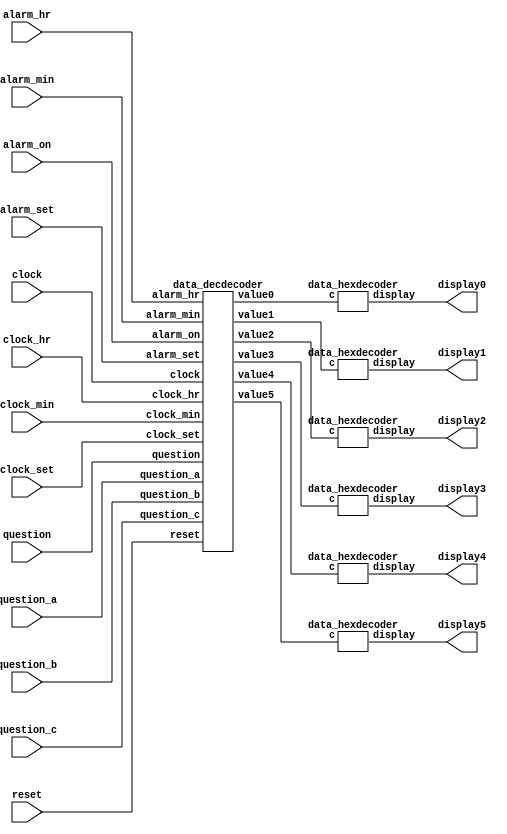
`timescale 1ns / 1ns

module hexdisplay(
	input clock,
	input reset,

	input wire alarm_on,
	input wire question,
	input wire alarm_set,
	input wire clock_set,

	input wire [3:0] clock_hr,
	input wire [5:0] clock_min,

	input wire [3:0] alarm_hr,
	input wire [5:0] alarm_min,

	input wire [6:0] question_a,
	input wire [6:0] question_b,
	input wire [6:0] question_c,

	output wire [6:0] display0,
	output wire [6:0] display1,
	output wire [6:0] display2,
	output wire [6:0] display3,
	output wire [6:0] display4,
	output wire [6:0] display5
	);

	wire [3:0] value0;
	wire [3:0] value1;
	wire [3:0] value2;
	wire [3:0] value3;
	wire [3:0] value4;
	wire [3:0] value5;

data_decdecoder values( 	//decodes the 4-6 bit input into two 4 bit outputs which are oranized into the 7 segment display
		.clock(clock),
		.reset(reset),

		.alarm_on(alarm_on),
		.question(question),
		.alarm_set(alarm_set),
		.clock_set(clock_set),

		.clock_hr(clock_hr),
		.clock_min(clock_min),

		.alarm_hr(alarm_hr),
		.alarm_min(alarm_min),

		.question_a(question_a),
		.question_b(question_b),
		.question_c(question_c),
		
		.value0(value0),
		.value1(value1),
		.value2(value2),
		.value3(value3),
		.value4(value4),
		.value5(value5)
		);
	
	data_hexdecoder zero(.c(value0), .display(display0)); 	//decodes the 4 bit input into a 7 bit output for the 7 segment display
	data_hexdecoder one(.c(value1), .display(display1));
	data_hexdecoder two(.c(value2), .display(display2));
	data_hexdecoder three(.c(value3), .display(display3));
	data_hexdecoder four(.c(value4), .display(display4));
	data_hexdecoder five(.c(value5), .display(display5));

endmodule

module data_decdecoder (
	input clock,
	input reset,
	
	
	input alarm_on,
	input question,
	input alarm_set,
	input clock_set,
	
	input wire [3:0] clock_hr,
	input wire [5:0] clock_min,
	
	input wire [3:0] alarm_hr,
	input wire [5:0] alarm_min,
	
	input wire [6:0] question_a,
	input wire [6:0] question_b,
	input wire [6:0] question_c,
	
	output reg [3:0] value0,
	output reg [3:0] value1, 
	output reg [3:0] value2,
	output reg [3:0] value3,
	output reg [3:0] value4,
	output reg [3:0] value5	
	);
	
	always@(posedge clock) begin
		value0 <= 4'd10;
		value1 <= 4'd10;
		value2 <= 4'd10;
		value3 <= 4'd10;
		value4 <= 4'd10;
		value5 <= 4'd10;

		if (reset) begin
			value0 <= 4'd10;
			value1 <= 4'd10;
			value2 <= 4'd10;
			value3 <= 4'd10;
			value4 <= 4'd10;
			value5 <= 4'd10;
		end
		
		if (alarm_on && question) begin
			//first value
			if (question_a > 6'd9) begin
				value5 <= question_a / 6'd10;	//sets the first digit by dividing by 10
				value4 <= question_a % 6'd10;	//sets the second digit by getting remainder
			end
			else begin
				value5 <= 4'd10;
				value4 <= question_a;
			end

			//second value
			if (question_b > 6'd9) begin
				value3 <= question_b / 6'd10;
				value2 <= question_b % 6'd10;
			end
			else begin
				value3 <= 4'd10;
				value2 <= question_b;
			end

			//third value ie solution
			if (question_c > 6'd9) begin
				value1 <= question_c / 6'd10;
				value0 <= question_c % 6'd10;
			end
			else begin
				value1 <= 4'd10;
				value0 <= question_c;
			end
		end

		else if (alarm_set) begin
			//hours
			if (alarm_hr > 4'd9) begin
				value3 <= 4'd1;
				value2 <= alarm_hr - 4'd10;
			end
			else begin
				value3 <= 4'd10;
				value2 <= alarm_hr;
			end
			
			//minutes
			if (alarm_min > 6'd9) begin
				value1 <= alarm_min / 6'd10;
				value0 <= alarm_min % 6'd10;
			end
			else begin
				value1 <= 4'd0;
				value0 <= alarm_min;
			end
		end
		
		else if (clock_set) begin
			//hours
			if (clock_hr > 4'd9) begin
				value3 <= 4'd1;
				value2 <= clock_hr - 4'd10;
			end
			else begin
				value3 <= 4'd10;
				value2 <= clock_hr;
			end
			
			//minutes
			if (clock_min > 6'd9) begin
				value1 <= clock_min / 6'd10;
				value0 <= clock_min % 6'd10;
			end
			else begin
				value1 <= 4'd0;
				value0 <= clock_min;
			end
		end
	end
endmodule

module data_hexdecoder(c, display);

	input [3:0] c;
	output [6:0]display;

	assign display[0] = 
		//potential values (between 0-9)
		!((c[3]|c[2]|c[1]|!c[0])
		&(c[3]|!c[2]|c[1]|c[0])
		
		//not potential values (between A-F, which i dont want displayed)
		&(!c[3]|c[2]|!c[1]|c[0])
		&(!c[3]|c[2]|!c[1]|!c[0])
		&(!c[3]|!c[2]|c[1]|c[0])
		&(!c[3]|!c[2]|c[1]|!c[0])
		&(!c[3]|!c[2]|!c[1]|c[0])
		&(!c[3]|!c[2]|!c[1]|!c[0]));
	assign display[1] = 
		!((c[3]|!c[2]|c[1]|!c[0])
		&(c[3]|!c[2]|!c[1]|c[0])

		&(!c[3]|c[2]|!c[1]|c[0])
		&(!c[3]|c[2]|!c[1]|!c[0])
		&(!c[3]|!c[2]|c[1]|c[0])
		&(!c[3]|!c[2]|c[1]|!c[0])
		&(!c[3]|!c[2]|!c[1]|c[0])
		&(!c[3]|!c[2]|!c[1]|!c[0]));
	assign display[2] = 
		!((c[3]|c[2]|!c[1]|c[0])

		&(!c[3]|c[2]|!c[1]|c[0])
		&(!c[3]|c[2]|!c[1]|!c[0])
		&(!c[3]|!c[2]|c[1]|c[0])
		&(!c[3]|!c[2]|c[1]|!c[0])
		&(!c[3]|!c[2]|!c[1]|c[0])
		&(!c[3]|!c[2]|!c[1]|!c[0]));
	assign display[3] = 
		!((c[3]|c[2]|c[1]|!c[0])
		&(c[3]|!c[2]|c[1]|c[0])
		&(c[3]|!c[2]|!c[1]|!c[0])

		&(!c[3]|c[2]|!c[1]|c[0])
		&(!c[3]|c[2]|!c[1]|!c[0])
		&(!c[3]|!c[2]|c[1]|c[0])
		&(!c[3]|!c[2]|c[1]|!c[0])
		&(!c[3]|!c[2]|!c[1]|c[0])
		&(!c[3]|!c[2]|!c[1]|!c[0]));
	assign display[4] = 
		!((c[3]|c[2]|c[1]|!c[0])
		&(c[3]|c[2]|!c[1]|!c[0])
		&(c[3]|!c[2]|c[1]|c[0])
		&(c[3]|!c[2]|c[1]|!c[0])
		&(c[3]|!c[2]|!c[1]|!c[0])
		&(!c[3]|c[2]|c[1]|!c[0])
		
		&(!c[3]|c[2]|!c[1]|c[0])
		&(!c[3]|c[2]|!c[1]|!c[0])
		&(!c[3]|!c[2]|c[1]|c[0])
		&(!c[3]|!c[2]|c[1]|!c[0])
		&(!c[3]|!c[2]|!c[1]|c[0])
		&(!c[3]|!c[2]|!c[1]|!c[0]));
	assign display[5] = 
		!((c[3]|c[2]|c[1]|!c[0])
		&(c[3]|c[2]|!c[1]|c[0])
		&(c[3]|c[2]|!c[1]|!c[0])
		&(c[3]|!c[2]|!c[1]|!c[0])

		&(!c[3]|c[2]|!c[1]|c[0])
		&(!c[3]|c[2]|!c[1]|!c[0])
		&(!c[3]|!c[2]|c[1]|c[0])
		&(!c[3]|!c[2]|c[1]|!c[0])
		&(!c[3]|!c[2]|!c[1]|c[0])
		&(!c[3]|!c[2]|!c[1]|!c[0]));
	assign display[6] = 
		!((c[3]|c[2]|c[1]|c[0])
		&(c[3]|c[2]|c[1]|!c[0])
		&(c[3]|!c[2]|!c[1]|!c[0])

		&(!c[3]|c[2]|!c[1]|c[0])
		&(!c[3]|c[2]|!c[1]|!c[0])
		&(!c[3]|!c[2]|c[1]|c[0])
		&(!c[3]|!c[2]|c[1]|!c[0])
		&(!c[3]|!c[2]|!c[1]|c[0])
		&(!c[3]|!c[2]|!c[1]|!c[0]));
	
endmodule